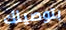
بتوصيلك